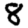
Digit: 8